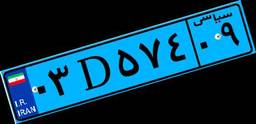
۵۱D۰۲۶۱۹